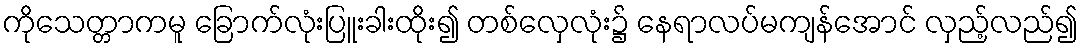
ကိုသေတ္တာကမူ ခြောက်လုံးပြူးခါးထိုး၍ တစ်လှေလုံး၌ နေရာလပ်မကျန်အောင် လှည့်လည်၍